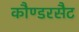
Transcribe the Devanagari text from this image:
कौण्डरसैट